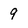
Character: 9